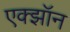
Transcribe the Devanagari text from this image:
एक्झॉन